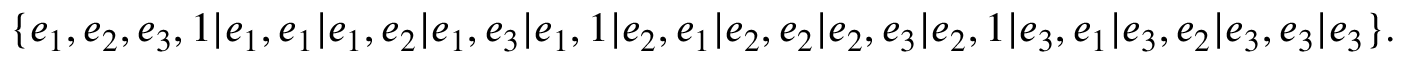
\{ e _ { 1 } , e _ { 2 } , e _ { 3 } , 1 | e _ { 1 } , e _ { 1 } | e _ { 1 } , e _ { 2 } | e _ { 1 } , e _ { 3 } | e _ { 1 } , 1 | e _ { 2 } , e _ { 1 } | e _ { 2 } , e _ { 2 } | e _ { 2 } , e _ { 3 } | e _ { 2 } , 1 | e _ { 3 } , e _ { 1 } | e _ { 3 } , e _ { 2 } | e _ { 3 } , e _ { 3 } | e _ { 3 } \} .